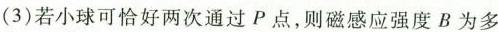
(3)若小球可恰好两次通过P点，则磁感应强度B为多